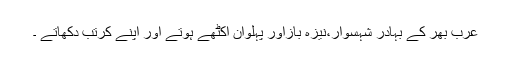
عرب بھر کے بہادر شہسوار،نیزہ بازاور پہلوان اکٹھے ہوتے اور اپنے کرتب دکھاتے ۔